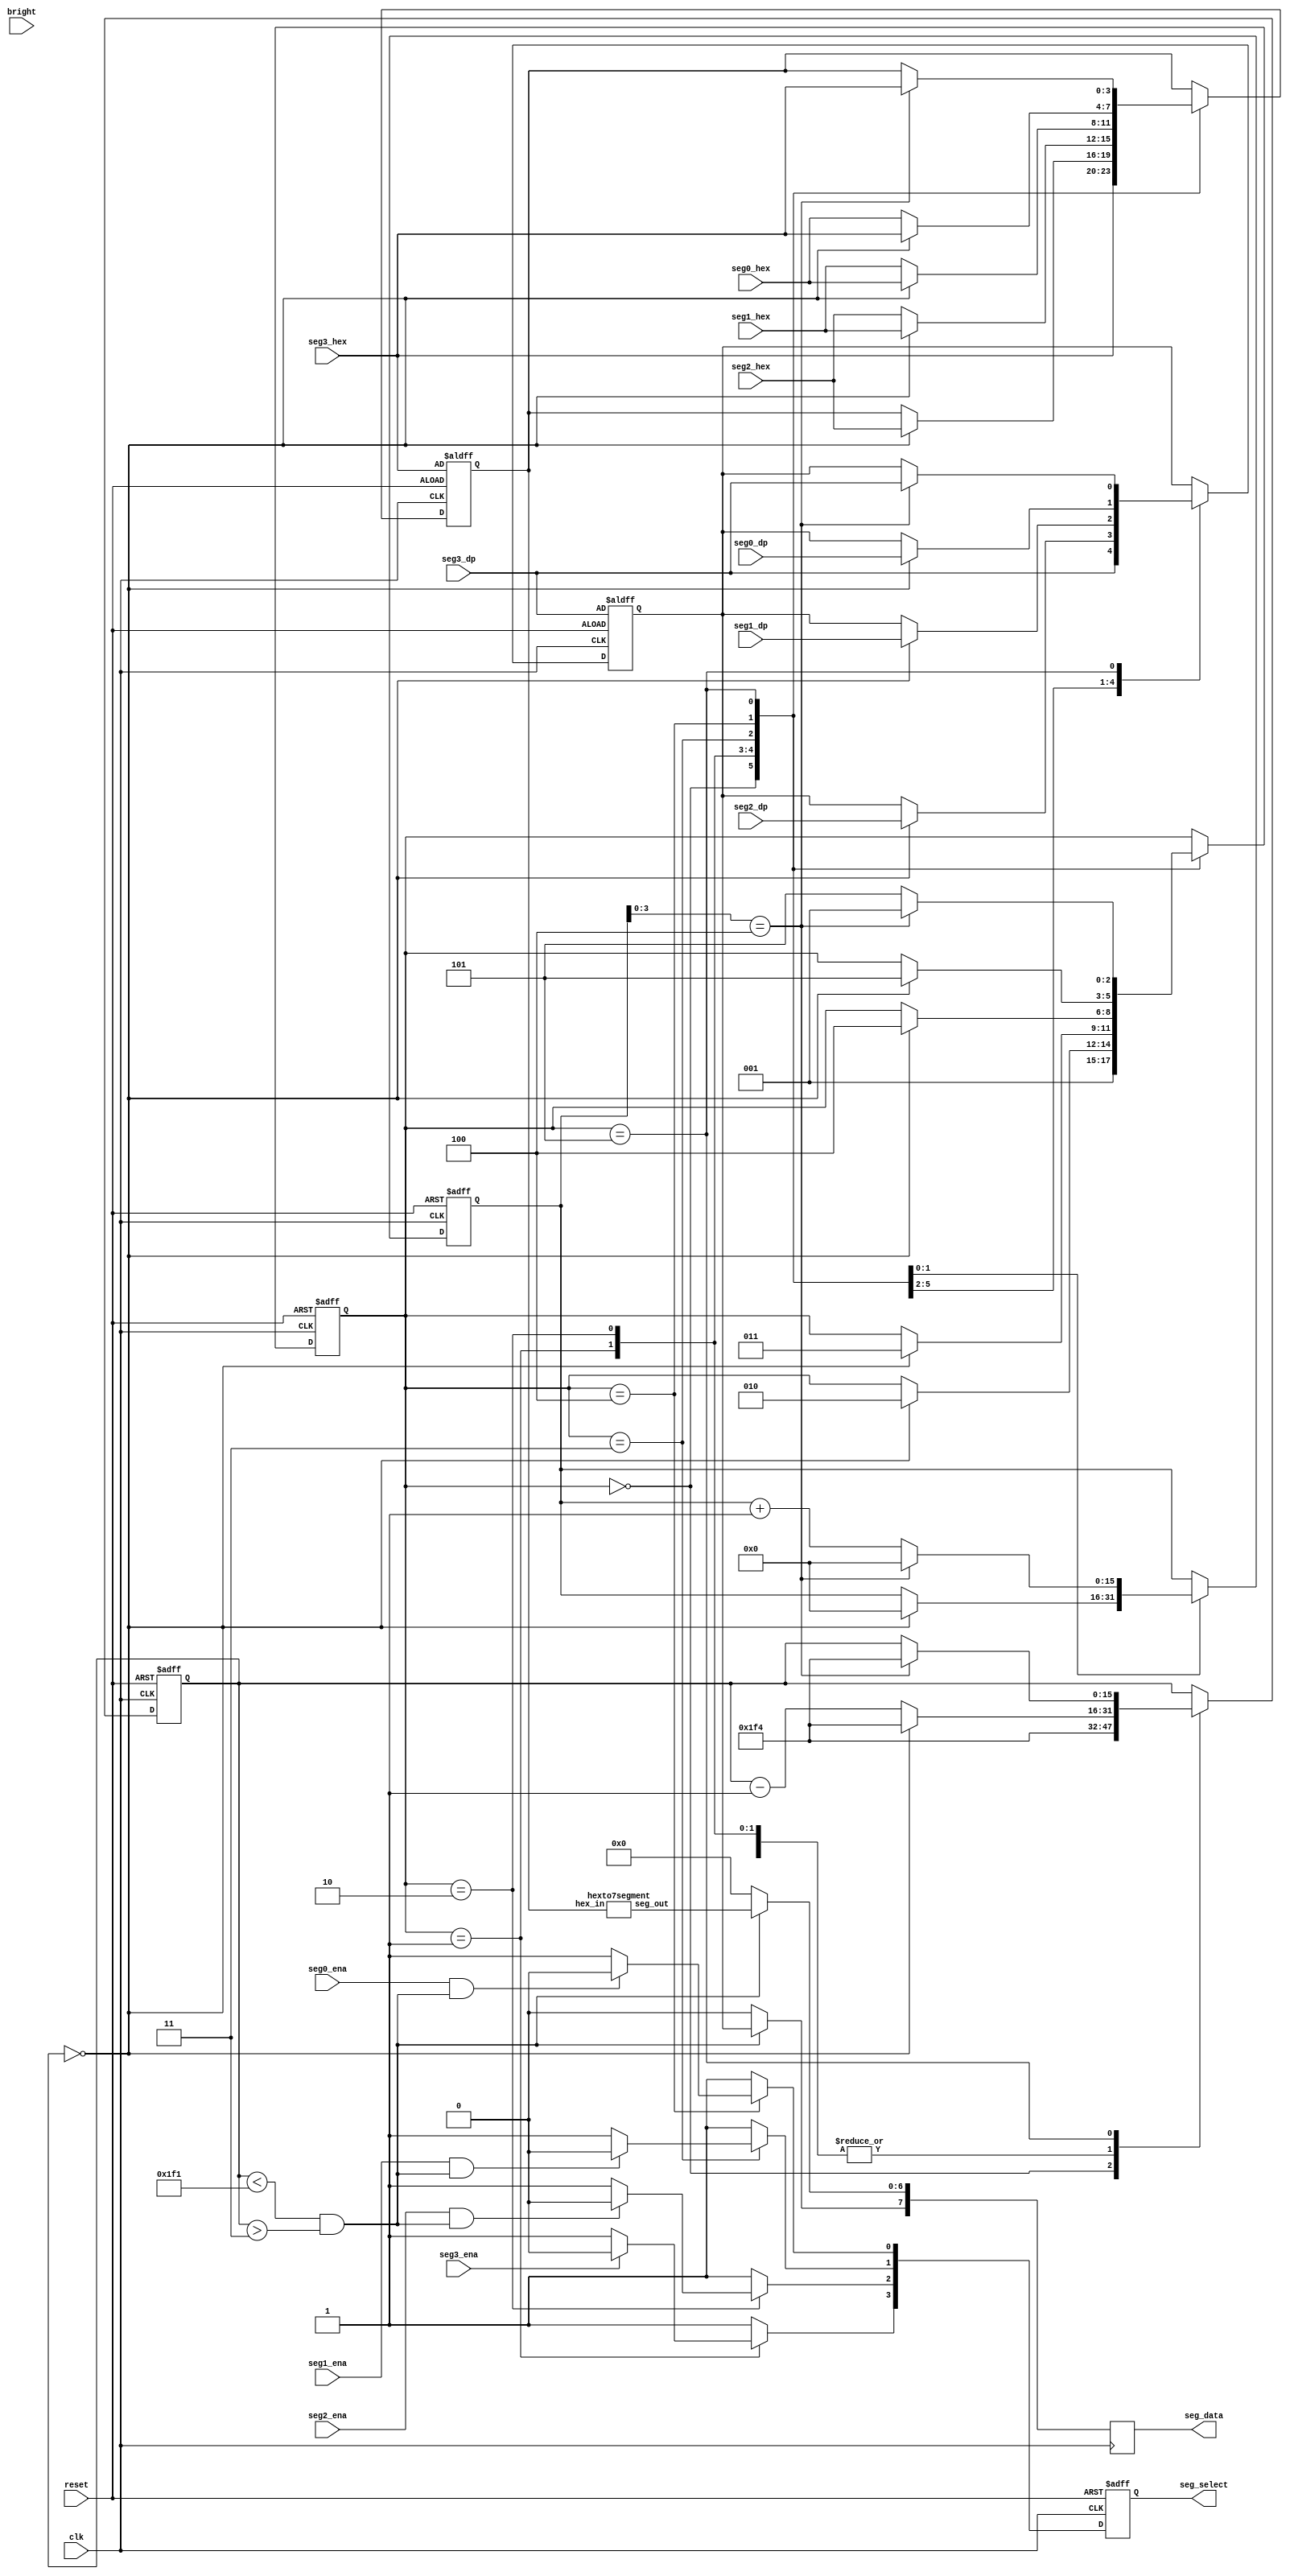
`timescale 1ns / 1ps 
//////////////////////////////////////////////////////////////////////////////////
// Company: MoySys, LLC
//
// Design Name:
// Module Name: IoBd_7segX4
// Project Name:
// Target Devices:
// Tool Versions:
// Description:
//
// Dependencies:
//
// Revision:
// Revision 0.01 - File Created
// Additional Comments:
//
//////////////////////////////////////////////////////////////////////////////////


module IoBd_7segX4(
          input clk,
          input reset,
          input [ 3: 0 ] seg3_hex,
          input seg3_dp,
          input seg3_ena,
          input [ 3: 0 ] seg2_hex,
          input seg2_dp,
          input seg2_ena,
          input [ 3: 0 ] seg1_hex,
          input seg1_dp,
          input seg1_ena,
          input [ 3: 0 ] seg0_hex,
          input seg0_dp,
          input seg0_ena,
          input [ 3: 0 ] bright,
          output reg [ 7: 0 ] seg_data,
          output reg [ 3: 0 ] seg_select
       );


// State values and Hold time contant
localparam	STATE_IDLE = 0, 	// Initial/Reset state
           STATE_SEG_3 = 1, 	// display Left most Digit
           STATE_SEG_2 = 2, 	// display second digit
           STATE_SEG_1 = 3, 	// display third digit
           STATE_SEG_0 = 4, 	// display right most digit
           STATE_DARK = 5, 	// all displays off to control brightness

           LED_HOLD_CNT = 500;	// keep the display iluminated for a while

reg [ 2: 0 ] seg_state;
reg [ 15: 0 ] dark_period;
reg [ 15: 0 ] hold;

reg [ 3: 0 ] hex_val;

wire [ 6: 0 ] seg_data_int;
reg seg_data_dp;

wire not_blanking;

//assign seg_data[6:0] = ( not_blanking ? seg_data_int[6:0] : 6'b000000 );
//assign seg_data[7]   = ( not_blanking ? seg_data_dp      : 0 );
always @( posedge clk ) begin
	seg_data[ 6: 0 ] <= ( not_blanking ? seg_data_int[ 6 : 0 ] : 6'b000000 );
	seg_data[ 7 ] <= ( not_blanking ? seg_data_dp : 0 );
end

assign not_blanking = ( hold < ( LED_HOLD_CNT - 3 ) && hold > 3 );


// wire up the hex to 7 seg pattern converter
hexto7segment h27seg(
                 .hex_in( hex_val ),
                 .seg_out( seg_data_int[ 6: 0 ] )
              );

// Digit-Segment controller State Machine
always @( posedge clk or posedge reset ) begin
	if ( reset ) begin
		dark_period <= 0;
		seg_select[ 3 ] <= 1;
		seg_select[ 2 ] <= 1;
		seg_select[ 1 ] <= 1;
		seg_select[ 0 ] <= 1;
		seg_state <= STATE_IDLE;
		hex_val <= seg3_hex;
		seg_data_dp <= seg3_dp;
		hold <= LED_HOLD_CNT;
		end
	else begin
		case ( seg_state )
			STATE_IDLE: begin
				seg_select[ 3 ] <= 1;
				seg_select[ 2 ] <= 1;
				seg_select[ 1 ] <= 1;
				seg_select[ 0 ] <= 1;
				seg_state <= STATE_SEG_3;
				hex_val <= seg3_hex;
				seg_data_dp <= seg3_dp;
				hold <= LED_HOLD_CNT;
				end

			STATE_SEG_3: begin
				if ( seg3_ena ) begin
					seg_select[ 3 ] <= 0;
					seg_select[ 2 ] <= 1;
					seg_select[ 1 ] <= 1;
					seg_select[ 0 ] <= 1;
					end
				else begin
					seg_select[ 3 ] <= 1;
					seg_select[ 2 ] <= 1;
					seg_select[ 1 ] <= 1;
					seg_select[ 0 ] <= 1;
					end
				if ( hold == 0 ) begin
					seg_state <= STATE_SEG_2;
					hex_val <= seg2_hex;
					seg_data_dp <= seg2_dp;
					hold <= LED_HOLD_CNT;
					end
				else begin
					hold <= hold - 1 ;
					end
				end

			STATE_SEG_2: begin
				if ( seg2_ena && not_blanking ) begin
					seg_select[ 3 ] <= 1;
					seg_select[ 2 ] <= 0;
					seg_select[ 1 ] <= 1;
					seg_select[ 0 ] <= 1;
					end
				else begin
					seg_select[ 3 ] <= 1;
					seg_select[ 2 ] <= 1;
					seg_select[ 1 ] <= 1;
					seg_select[ 0 ] <= 1;
					end
				if ( hold == 0 ) begin
					seg_state <= STATE_SEG_1;
					hex_val <= seg1_hex;
					seg_data_dp <= seg1_dp;
					hold <= LED_HOLD_CNT;
					end
				else begin
					hex_val <= seg2_hex;
					hold <= hold - 1 ;
					end
				end

			STATE_SEG_1: begin
				if ( seg1_ena && not_blanking ) begin
					seg_select[ 3 ] <= 1;
					seg_select[ 2 ] <= 1;
					seg_select[ 1 ] <= 0;
					seg_select[ 0 ] <= 1;
					end
				else begin
					seg_select[ 3 ] <= 1;
					seg_select[ 2 ] <= 1;
					seg_select[ 1 ] <= 1;
					seg_select[ 0 ] <= 1;
					end
				if ( hold == 0 ) begin
					seg_state <= STATE_SEG_0;
					hex_val <= seg0_hex;
					seg_data_dp <= seg0_dp;
					hold <= LED_HOLD_CNT;
					end
				else begin
					hex_val <= seg1_hex;
					hold <= hold - 1 ;
					end
				end

			STATE_SEG_0: begin
				if ( seg0_ena && not_blanking ) begin
					seg_select[ 3 ] <= 1;
					seg_select[ 2 ] <= 1;
					seg_select[ 1 ] <= 1;
					seg_select[ 0 ] <= 0;
					end
				else begin
					seg_select[ 3 ] <= 1;
					seg_select[ 2 ] <= 1;
					seg_select[ 1 ] <= 1;
					seg_select[ 0 ] <= 1;
					end
				if ( hold == 0 ) begin
					seg_state <= STATE_DARK;
					hex_val <= seg3_hex;
					hold <= LED_HOLD_CNT;
					dark_period <= 0;
					end
				else begin
					hex_val <= seg0_hex;
					hold <= hold - 1 ;
					end
				end

			STATE_DARK: begin
				seg_select[ 3 ] <= 1;
				seg_select[ 2 ] <= 1;
				seg_select[ 1 ] <= 1;
				seg_select[ 0 ] <= 1;
				if ( dark_period[ 3: 0 ] == 4'h4 ) begin // bright || bright == 0) begin
					seg_state <= STATE_SEG_3;
					dark_period <= 0;
					hex_val <= seg3_hex;
					seg_data_dp <= seg3_dp;
					hold <= LED_HOLD_CNT;
					end
				else begin
					seg_state <= STATE_DARK;
					dark_period <= dark_period + 1;
					end
				end

			default: begin
				seg_select[ 3 ] <= 1;
				seg_select[ 2 ] <= 1;
				seg_select[ 1 ] <= 1;
				seg_select[ 0 ] <= 1;
				end

			endcase
		end
end

endmodule

   // The Module to convert a 4 bit Hex value to the Segment Map for that hex value
   module hexto7segment(
      input [ 3: 0 ] hex_in,
      output reg [ 6: 0 ] seg_out
   );

always @ * begin
	case ( hex_in )
		4'b0000 : 	// Hexadecimal 0
			seg_out = 7'b1111110;
		4'b0001 : 	// Hexadecimal 1
			seg_out = 7'b0110000;
		4'b0010 : 	// Hexadecimal 2
			seg_out = 7'b1101101;
		4'b0011 : 	// Hexadecimal 3
			seg_out = 7'b1111001;
		4'b0100 : 	// Hexadecimal 4
			seg_out = 7'b0110011;
		4'b0101 : 	// Hexadecimal 5
			seg_out = 7'b1011011;
		4'b0110 : 	// Hexadecimal 6
			seg_out = 7'b1011111;
		4'b0111 : 	// Hexadecimal 7
			seg_out = 7'b1110000;
		4'b1000 : 	// Hexadecimal 8
			seg_out = 7'b1111111;
		4'b1001 : 	// Hexadecimal 9
			seg_out = 7'b1111011;
		4'b1010 : 	// Hexadecimal A
			seg_out = 7'b1110111;
		4'b1011 : 	// Hexadecimal B
			seg_out = 7'b0011111;
		4'b1100 : 	// Hexadecimal C
			seg_out = 7'b1001110;
		4'b1101 : 	// Hexadecimal D
			seg_out = 7'b0111101;
		4'b1110 : 	// Hexadecimal E
			seg_out = 7'b1001111;
		4'b1111 : 	// Hexadecimal F
			seg_out = 7'b1000111;
		endcase
end

endmodule